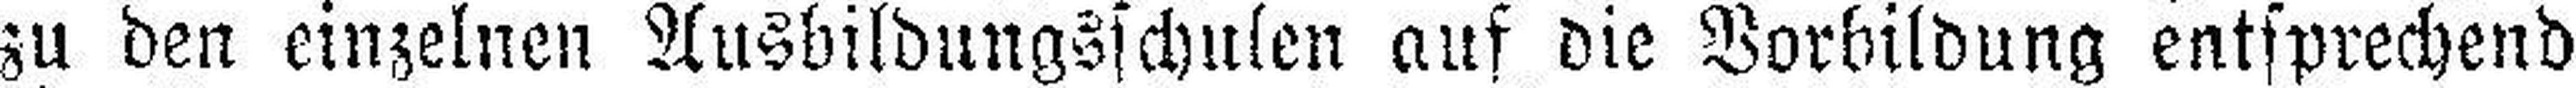
zu den einzelnen Ausbildungsschulen auf die Vorbildung entsprechend